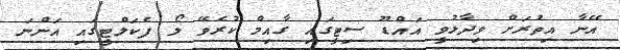
އޭނާ އިތުރަށް ވިދާޅުވީ އައްޑޫ ސިޓީގައި ގާއިމް ކުރެވޭ ލޯ ފެކަލްޓީގައި އަންނަ